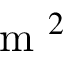
\mathrm { ~ m ~ } ^ { 2 }